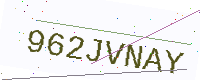
Text: 962JVNAY